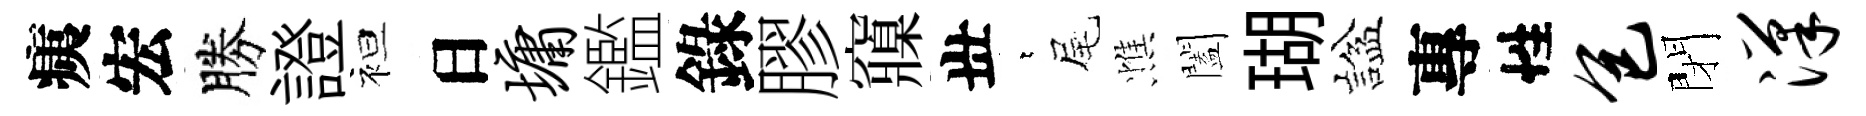
痍宏勝證袒日墉鑑錄膠䆿丗萋尾憔闔瑚諡專性包閉汉